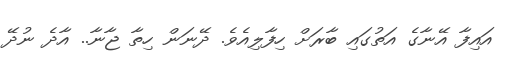
އައިފާ އޭނާގެ އަތުގައި ބާރަށް ހިފާލިއެވެ. ދޭނަން ހިތާ ޖާނާ.. އާދެ ނުދޭ